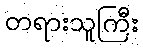
တရားသူကြီး